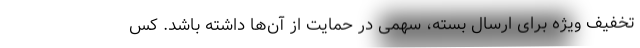
تخفیف ویژه برای ارسال بسته، سهمی در حمایت از آن‌ها داشته باشد. کس